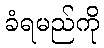
ခံရမည်ကို